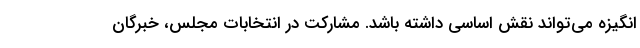
انگیزه می‌تواند نقش اساسی داشته باشد. مشارکت در انتخابات مجلس، خبرگان